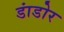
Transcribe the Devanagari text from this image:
डांडोर